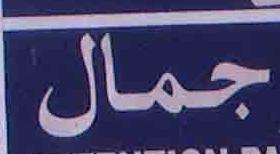
جمال